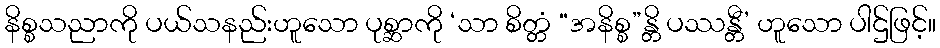
နိစ္စသညာကို ပယ်သနည်းဟူသော ပုစ္ဆာကို ‘သာ စိတ္တံ “အနိစ္စ”န္တိ ပဿန္တီ’ ဟူသော ပါဌ်ဖြင့်။